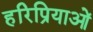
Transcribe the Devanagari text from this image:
हरिप्रियाओं